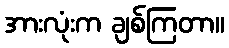
အားလုံးက ချစ်ကြတာ။